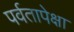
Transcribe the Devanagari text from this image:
पर्वतापेक्षा